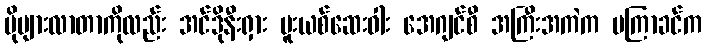
ပိုများလာတာကိုလည်း အင်ဒိုနီးရှား မူးယစ်ဆေးဝါး အေဂျင်စီ အကြီးအကဲက မကြာခင်က